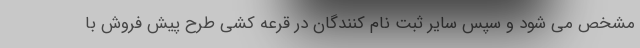
مشخص می شود و سپس سایر ثبت نام کنندگان در قرعه کشی طرح پیش فروش با